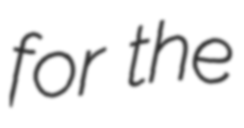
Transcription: for the